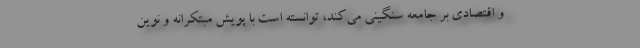
و اقتصادی بر جامعه سنگینی می‌کند، توانسته است با پویش مبتکرانه و نوین